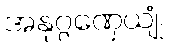
အနုဂ္ဂဏှေယျုံ